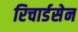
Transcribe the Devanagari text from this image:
रिचार्डसेन